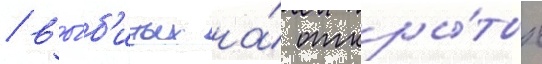
/ вы́б'итых на́ откры́тых